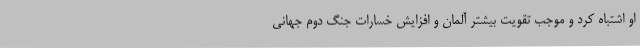
او اشتباه کرد و موجب تقویت بیشتر آلمان و افزایش خسارات جنگ دوم جهانی